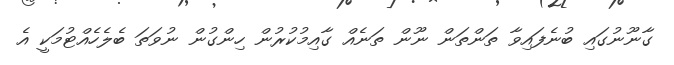
ގާނޫނުގައި ބުނެފައިވާ ތަންތަން ނޫން ތަނެއް ގާއިމުކުރުން ހިންގުން ނުވަތަ ބެލެހެއްޓުމަކީ އެ